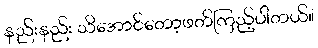
နည်းနည်း သိအောင်တော့ဖတ်ကြည့်ပါတယ်။